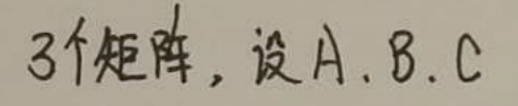
3个矩阵，设$A$、$B$、$C$